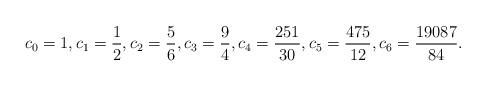
LaTeX: \begin{align*}c_0=1,c_1=\frac12,c_2=\frac56,c_3=\frac94, c_4=\frac{251}{30}, c_5=\frac{475}{12}, c_6=\frac{19087}{84}.\end{align*}